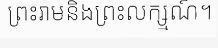
ព្រះរាមនិងព្រះលក្ស្មណ៍។